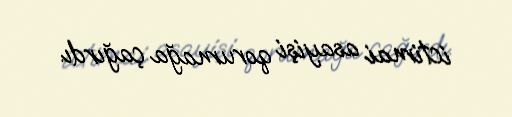
ictimai asayişi qorumağa çağırdı.